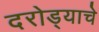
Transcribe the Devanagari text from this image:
दरोड्याचे